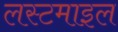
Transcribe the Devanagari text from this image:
लस्टमाइल